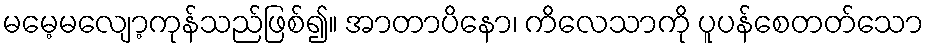
မမေ့မလျော့ကုန်သည်ဖြစ်၍။ အာတာပိနော၊ ကိလေသာကို ပူပန်စေတတ်သော